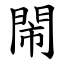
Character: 閙